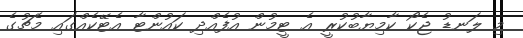
މި ލަނޑު ޖެކޯ ކާމިޔާބުކުރީ އެ ޓީމުން އުފެއްދި ކައުންޓާ އެޓޭކެއްގައި މެޗުގެ